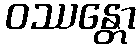
ဝဿန္တော